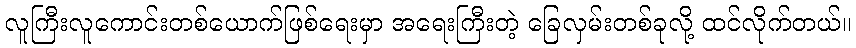
လူကြီးလူကောင်းတစ်ယောက်ဖြစ်ရေးမှာ အရေးကြီးတဲ့ ခြေလှမ်းတစ်ခုလို့ ထင်လိုက်တယ်။